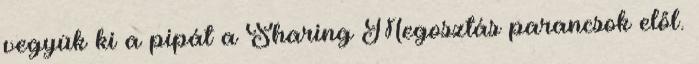
vegyük ki a pipát a Sharing Megosztás parancsok elől.